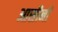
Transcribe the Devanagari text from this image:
आसीनी